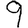
Digit: 9